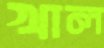
খাল